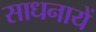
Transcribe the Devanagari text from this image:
साधनायें